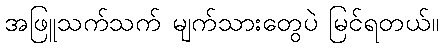
အဖြူသက်သက် မျက်သားတွေပဲ မြင်ရတယ်။